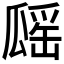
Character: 𤬔